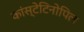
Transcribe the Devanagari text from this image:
कांस्टेटिनोपिल